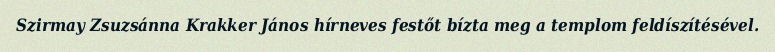
Szirmay Zsuzsánna Krakker János hírneves festőt bízta meg a templom feldíszítésével.